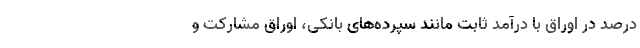
درصد در اوراق با درآمد ثابت مانند سپرده‌های بانکی، اوراق مشارکت و